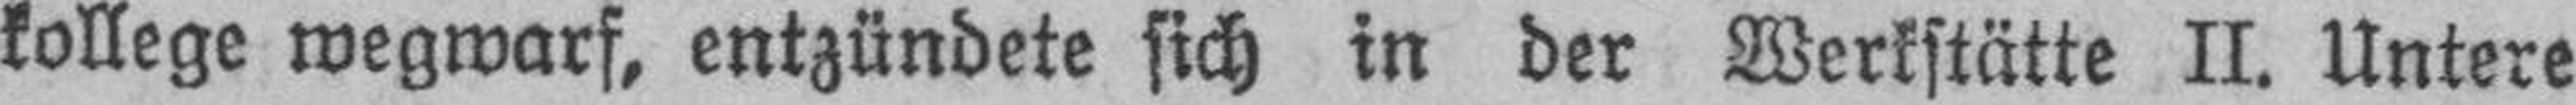
kollege wegwarf, entzündete sich in der Werkstätte II. Untere